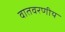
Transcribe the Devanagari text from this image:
वातवरणीय